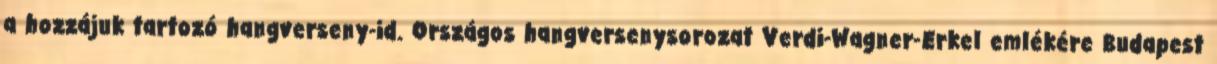
a hozzájuk tartozó hangverseny-id. Országos hangversenysorozat Verdi-Wagner-Erkel emlékére Budapest